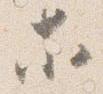
等